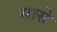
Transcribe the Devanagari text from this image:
सासे